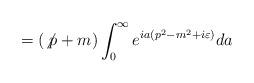
LaTeX: \begin{align*}=(\not{p}+m)\int_{0}^{\infty }e^{ia(p^{2}-m^{2}+i\varepsilon )}da\end{align*}